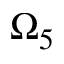
\Omega _ { 5 }